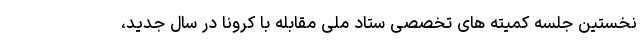
نخستین جلسه کمیته های تخصصی ستاد ملی مقابله با کرونا در سال جدید،